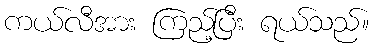
ကယ်လီအား ကြည့်ပြီး ရယ်သည်။